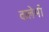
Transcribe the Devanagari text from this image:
वालेभी